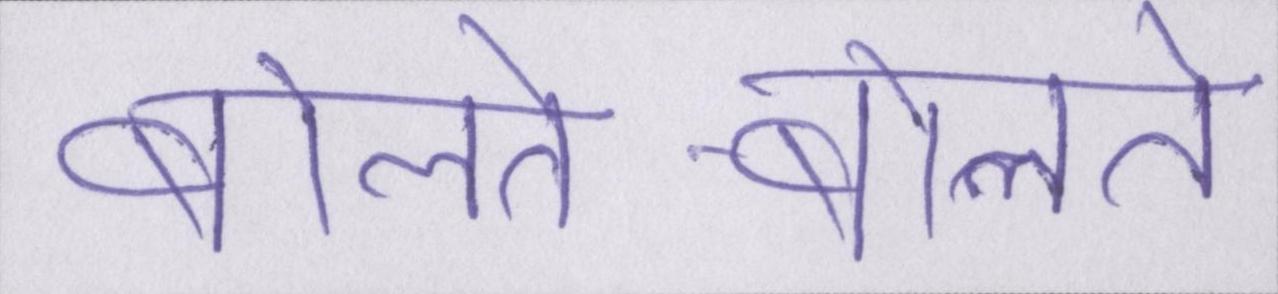
बोलते-बोलते